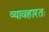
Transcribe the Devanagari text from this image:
व्यावहारतः